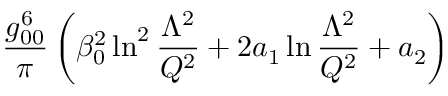
{ \frac { g _ { 0 0 } ^ { 6 } } { \pi } } \left( \beta _ { 0 } ^ { 2 } \ln ^ { 2 } { \frac { \Lambda ^ { 2 } } { Q ^ { 2 } } } + 2 a _ { 1 } \ln { \frac { \Lambda ^ { 2 } } { Q ^ { 2 } } } + a _ { 2 } \right)